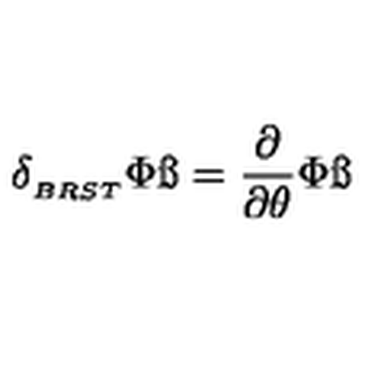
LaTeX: \delta _ { _ { B R S T } } \Phi \ss = { \frac { \partial } { \partial \theta } } \Phi \ss